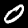
Label: 0